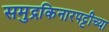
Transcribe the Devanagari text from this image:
समुद्रकिनारपट्टीच्या